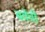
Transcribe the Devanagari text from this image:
बर्वेची